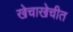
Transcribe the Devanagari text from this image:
खेचाखेचीत